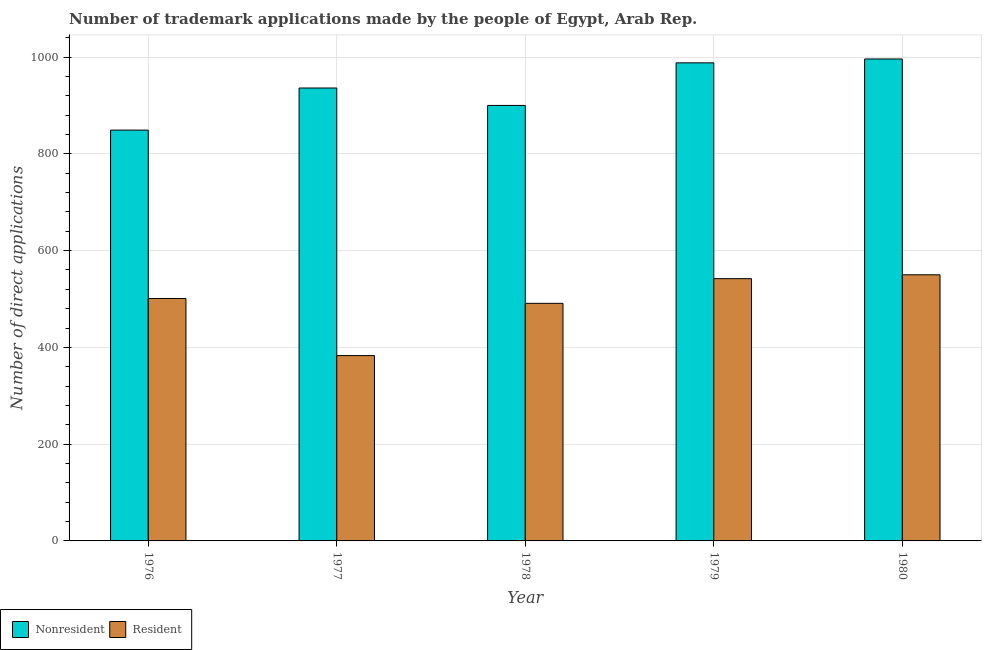
| Year | Nonresident | Resident |
 | --- | --- | --- |
 | 1976 | 849 | 501 |
 | 1977 | 936 | 383 |
 | 1978 | 900 | 491 |
 | 1979 | 988 | 542 |
 | 1980 | 996 | 550 |